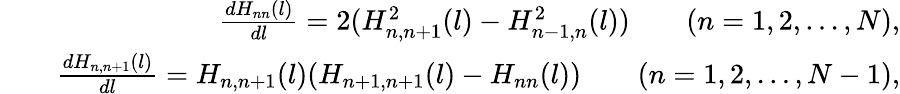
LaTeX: \begin{array}{rlr}&{}&{\frac{dH_{nn}(l)}{dl}=2(H_{n,n+1}^{2}(l)-H_{n-1,n}^{2}(l))\qquad(n=1,2,\dots,N),}\\ &{}&{\frac{dH_{n,n+1}(l)}{dl}=H_{n,n+1}(l)(H_{n+1,n+1}(l)-H_{nn}(l))\qquad(n=1,2,\dots,N-1),}\end{array}